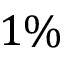
1 \%